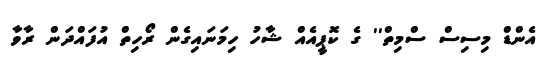
އެންޑް މިސިސް ސްމިތް'' ގެ ކޮޕީއެއް ޝާހު ހިމަނައިގެން ރޯހިތް އުފައްދަން ރާވާ